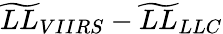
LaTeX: \widetilde{LL}_{VIIRS}-\widetilde{LL}_{LLC}